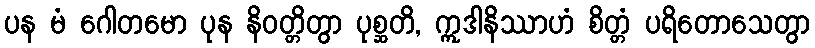
ပန မံ ဂေါတမော ပုန နိဝတ္တိတွာ ပုစ္ဆတိ, ဣဒါနိဿာဟံ စိတ္တံ ပရိတောသေတွာ